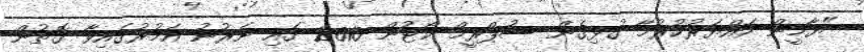
"ޔާމީން ހައްޔަރުކުރުމާ ގުޅިގެން ސުޕްރީމް ކޯޓުން 2010 ގައި ނެރުނު އަމުރުގައިވާ ގޮތުން